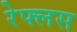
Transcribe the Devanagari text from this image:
रेफ्लस